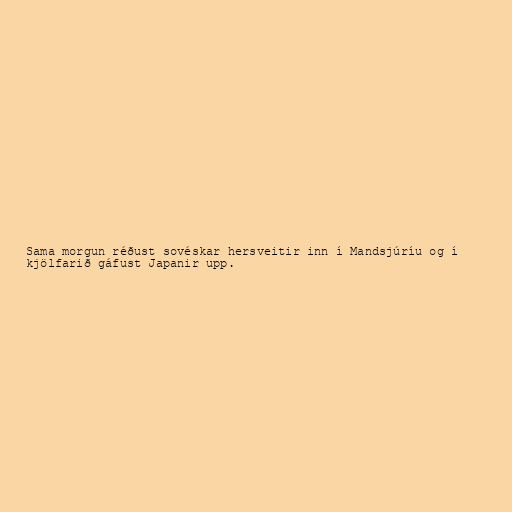
Sama morgun réðust sovéskar hersveitir inn í Mandsjúríu og í
kjölfarið gáfust Japanir upp.